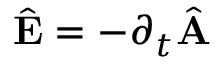
\begin{array} { r } { \hat { \bf E } = - \partial _ { t } \hat { \bf A } } \end{array}